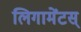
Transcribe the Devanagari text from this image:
लिगामेंटस्